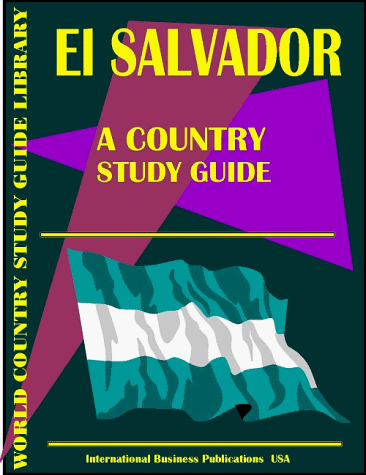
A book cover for El Salvador Country Study Guide (World Country Study Guide; Ibp Usa; Travel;